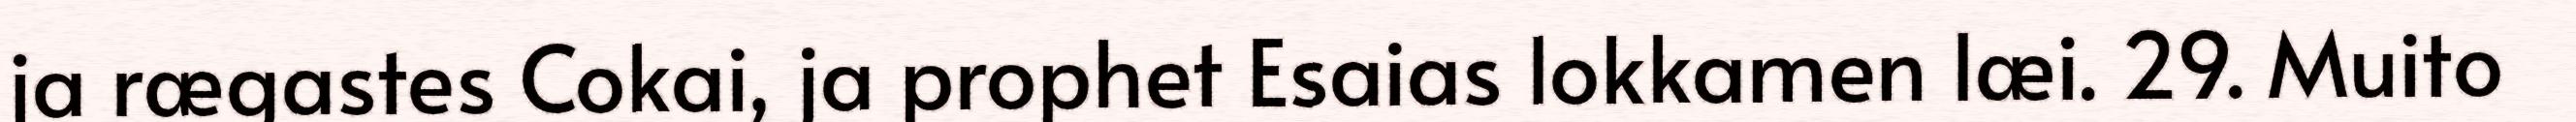
ja rægastes Cokai, ja prophet Esaias lokkamen læi. 29. Muito